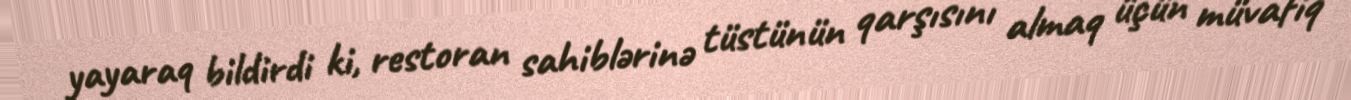
yayaraq bildirdi ki, restoran sahiblərinə tüstünün qarşısını almaq üçün müvafiq